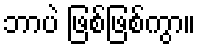
ဘာပဲ ဖြစ်ဖြစ်ကွာ။